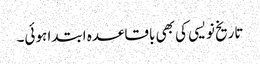
تاریخ نویسی کی بھی باقاعدہ ابتدا ہوئی۔